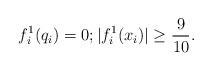
LaTeX: \begin{align*}f_i^1(q_i) = 0; |f_i^1(x_i)|\geq \frac{9}{10}.\end{align*}